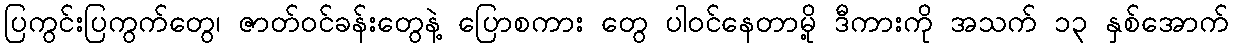
ပြကွင်းပြကွက်တွေ၊ ဇာတ်ဝင်ခန်းတွေနဲ့ ပြောစကား တွေ ပါဝင်နေတာမို့ ဒီကားကို အသက် ၁၃ နှစ်အောက်